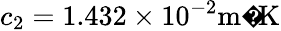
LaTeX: c_{2}=1.432\times 10^{-2}{\mathrm{m�K}}